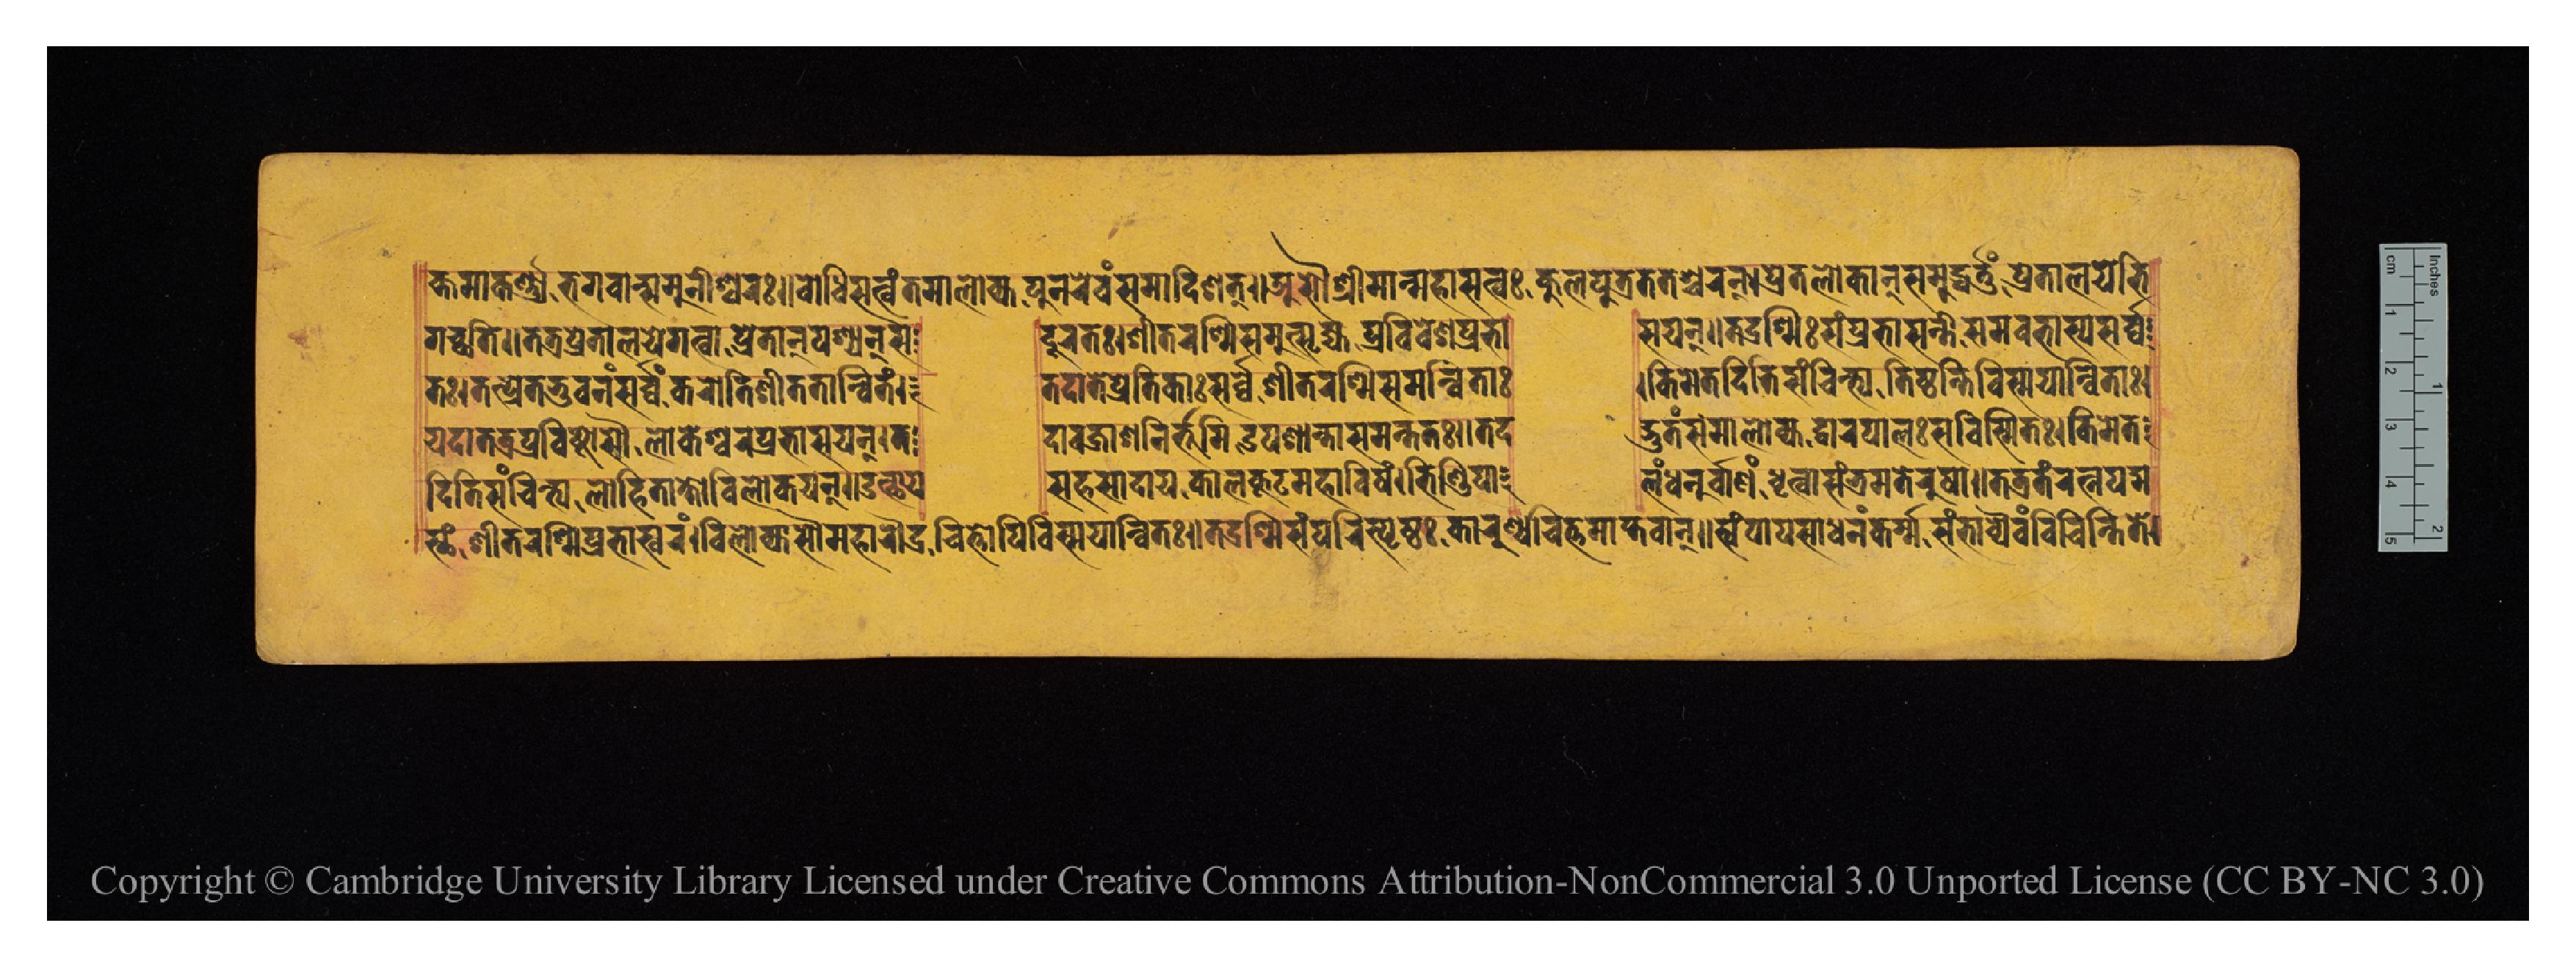
𑐎𑑂𑐟𑐩𑐵𑐎𑐬𑑂𑐞𑑂𑐫𑐨𑐐𑐰𑐵𑐣𑑂𑐳𑐩𑐸𑐣𑐷𑐱𑑂𑐰𑐬𑑅𑑌𑐧𑑀𑐢𑐶𑐳𑐟𑑂𑐰𑑄𑐟𑐩𑐵𑐮𑑀𑐎𑑂𑐫𑐥𑐸𑐣𑐬𑐾𑐰𑑄𑐳𑐩𑐵𑐡𑐶𑐱𑐟𑑂𑑌𑐀𑐳𑑁𑐱𑑂𑐬𑐷𑐩𑐵𑐣𑑂𑐩𑐴𑐵𑐳𑐟𑑂𑐰𑑅𑐎𑐸𑐮𑐥𑐸𑐟𑑂𑐬𑐟𑐟𑐱𑑂𑐔𑐬𑐣𑑂𑑋𑐥𑑂𑐬𑐾𑐟𑐮𑑀𑐎𑐵𑐣𑑂𑐳𑐩𑐸𑐡𑑂𑐢𑐬𑑂𑐟𑐸𑑄𑐥𑑂𑐬𑐾𑐟𑐵𑐮𑐫𑐾𑐨𑐶 𑐐𑐔𑑂𑐕𑐟𑐶𑑌𑐟𑐟𑑂𑐬𑐥𑑂𑐬𑐾𑐟𑐵𑐮𑐫𑐾𑐐𑐟𑑂𑐰𑐵𑐥𑑂𑐬𑐾𑐟𑐵𑐣𑑂𑐥𑐱𑑂𑐫𑐣𑑂𑐳  𑐡𑐹𑐬𑐟𑑅𑑋𑐱𑐷𑐟𑐬𑐱𑑂𑐩𑐶𑐳𑐩𑐸𑐟𑑂𑐳𑐺𑐖𑑂𑐫𑐥𑑂𑐬𑐰𑐶𑐰𑐾𑐱𑐥𑑂𑐬𑐨𑐵  𑐳𑐫𑐣𑑂𑑌𑐟𑐡𑑂𑐬𑐱𑑂𑐩𑐷𑑅𑐳𑑄𑐥𑑂𑐬𑐨𑐵𑐳𑐣𑑂𑐟𑐷𑑅𑐳𑐩𑐰𑐨𑐵𑐳𑑂𑐫𑐳𑐬𑑂𑐰𑑂𑐰 𑐟𑑅𑑋𑐟𑐟𑑂𑐥𑑂𑐬𑐾𑐟𑐨𑐸𑐰𑐣𑑄𑐳𑐬𑑂𑐰𑑂𑐰𑑄𑐎𑐬𑑀𑐟𑐶𑐱𑐷𑐟𑐟𑐵𑐣𑑂𑐰𑐶𑐟𑑄𑑌  𑐟𑐡𑐵𑐟𑐾𑐥𑑂𑐬𑐾𑐟𑐶𑐎𑐵𑑅𑐳𑐬𑑂𑐰𑑂𑐰𑐾𑐱𑐷𑐟𑐬𑐱𑑂𑐩𑐶𑐳𑐩𑐣𑑂𑐰𑐶𑐟𑐵𑑅𑑋  𑐎𑐶𑐩𑐾𑐟𑐡𑐶𑐟𑐶𑐳𑐘𑑂𑐔𑐶𑐣𑑂𑐟𑑂𑐫𑐟𑐶𑐲𑑂𑐛𑐣𑑂𑐟𑐶𑐰𑐶𑐳𑑂𑐩𑐫𑐵𑐣𑑂𑐰𑐶𑐟𑐵𑑅𑑋 𑐫𑐡𑐵𑐟𑐟𑑂𑐬𑐥𑑂𑐬𑐰𑐶𑐲𑑂𑐚𑑀𑐳𑑁𑐮𑑀𑐎𑐾𑐱𑑂𑐰𑐬𑑅𑐥𑑂𑐬𑐨𑐵𑐳𑐫𑐣𑑂𑑋𑐟  𑐡𑐵𑐰𑐖𑑂𑐬𑐵𑐱𑐣𑐶𑐬𑑂𑐨𑐹𑐩𑐶𑐄𑐥𑐱𑐵𑐣𑑂𑐟𑐵𑐳𑐩𑐣𑑂𑐟𑐟𑑅𑑌𑐟𑐡  𑐡𑑂𑐨𑐸𑐟𑑄𑐳𑐩𑐵𑐀𑐮𑑀𑐎𑑂𑐫𑐡𑑂𑐰𑐵𑐬𑐥𑐵𑐮𑑅𑐳𑐰𑐶𑐳𑑂𑐩𑐶𑐟𑑅𑑋𑐎𑐶𑐩𑐾𑐟 𑐳𑑂𑐠𑑄𑐱𑐷𑐟𑐬𑐱𑑂𑐩𑐶𑐥𑑂𑐬𑐨𑐵𑐳𑑂𑐰𑐬𑑄𑑋𑐰𑐶𑐮𑑀𑐎𑑂𑐫𑐵𑐳𑑁𑐩𑐴𑐵𑐬𑑁𑐡𑑂𑐬𑐔𑐶𑐟𑑂𑐟𑑀𑐥𑐶𑐰𑐶𑐳𑑂𑐩𑐫𑐵𑐣𑑂𑐰𑐶𑐟𑑅𑑌𑐟𑐡𑑂𑐬𑐱𑑂𑐩𑐶𑐳𑑄𑐥𑐬𑐶𑐳𑑂𑐥𑐺𑐲𑑂𑐚𑑅𑐎𑐵𑐬𑐸𑐞𑑂𑐫𑐔𑐶𑐟𑑂𑐟𑐩𑐵𑐥𑑂𑐟𑐰𑐵𑐣𑑂𑑌𑐳𑑂𑐰𑐥𑐵𑐥𑐳𑐵𑐢𑐣𑑄𑐎𑐬𑑂𑐩𑐳𑑄𑐨𑐵𑐰𑑂𑐫𑐿𑐰𑑄𑐰𑐶𑐔𑐶𑐣𑑂𑐟𑐟𑐾𑑋 𑐡𑐶𑐟𑐶𑐳𑑄𑐔𑐶𑐣𑑂𑐟𑑂𑐫𑐮𑑀𑐴𑐶𑐟𑐵𑐎𑑂𑐲𑑀𑐰𑐶𑐮𑑀𑐎𑐫𑐣𑑂𑑌𑐄𑐟𑑂𑐠𑐵𑐫  𑐳𑐴𑐳𑐵𑐡𑐵𑐫𑐎𑐵𑐮𑐎𑐹𑐚𑐩𑐴𑐵𑐰𑐶𑐲𑑄𑑋𑐨𑐶𑐞𑑂𑐜𑐶𑐥𑐵  𑐮𑑄𑐢𑐣𑐸𑐬𑑂𑐧𑐵𑐞𑑄𑐢𑐺𑐟𑑂𑐰𑐵𑐳𑑄𑐟𑑂𑐬𑐳𑐟𑐾𑐬𑐸𑐲𑐵𑑌𑐟𑐟𑑂𑐬𑐟𑑄𑐬𑐟𑑂𑐣𑐥𑐡𑑂𑐩